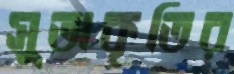
সুতাকৃতির